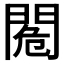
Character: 𨴓